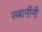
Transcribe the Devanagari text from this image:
रब्बानींनी